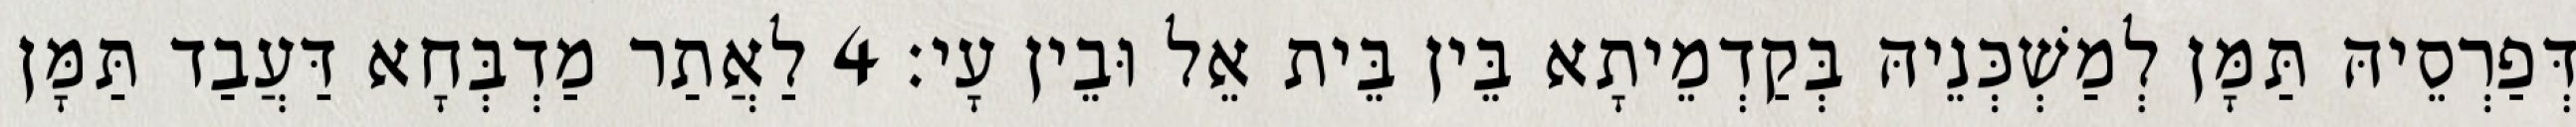
דְּפַרְסֵיהּ תַּמָּן לְמַשְׁכְּנֵיהּ בְּקַדְמֵיתָא בֵּין בֵּית אֵל וּבֵין עָי׃ 4 לַאֲתַר מַדְבְּחָא דַּעֲבַד תַּמָּן